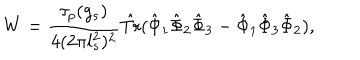
LaTeX: W = \frac { \tau _ { p } ( g _ { s } ) } { 4 ( 2 \pi l _ { s } ^ { 2 } ) ^ { 2 } } \hat { \mathrm { T r } } ( \hat { \Phi } _ { 1 } \hat { \Phi } _ { 2 } \hat { \Phi } _ { 3 } - \hat { \Phi } _ { 1 } \hat { \Phi } _ { 3 } \hat { \Phi } _ { 2 } ) ,